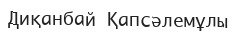
Диқанбай Қапсәлемұлы